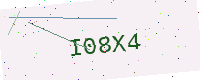
Text: I08X4